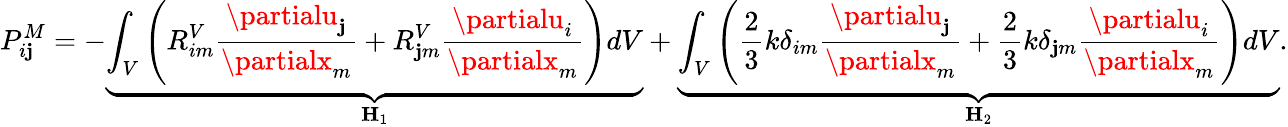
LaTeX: P_{i\mathbf{j}}^{M}=-\underbrace{{\int_{V}\left(R_{im}^{V}\frac{{\partialu_{\mathbf{j}}}}{{\partialx_{m}}}+R_{\mathbf{j}m}^{V}\frac{{\partialu_{i}}}{{\partialx_{m}}}\right)dV}}_{\mathbf{{H}}_{1}}+\underbrace{{\int_{V}\left(\frac{{2}}{{3}}k\delta_{im}\frac{{\partialu_{\mathbf{j}}}}{{\partialx_{m}}}+\frac{{2}}{{3}}k\delta_{\mathbf{j}m}\frac{{\partialu_{i}}}{{\partialx_{m}}}\right)dV}}_{\mathbf{{H}}_{2}}.